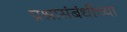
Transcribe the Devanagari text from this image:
प्रश्नासंबंधीच्या